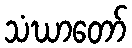
သံဃာတော်